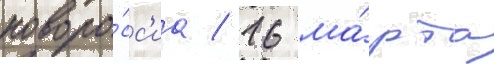
новоро́сс'иа / 16 ма́рта